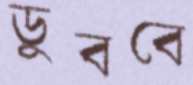
ডুববে